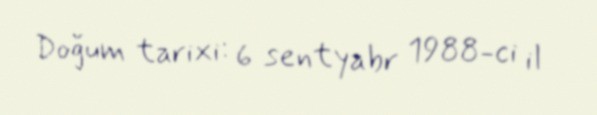
Doğum tarixi: 6 sentyabr 1988-ci il